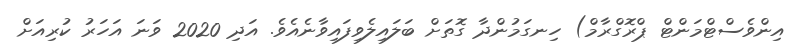
އިންވެސްޓްމަންޓް ޕްރޮގްރާމް) ހިނގަމުންދާ ގޮތަށް ބަލައިލެވިފައިވާނެއެވެ. އަދި 2020 ވަނަ އަހަރު ކުރިއަށް